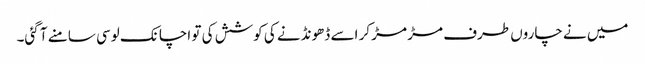
میں نے چاروں طرف مڑ مڑ کر اسے ڈھونڈنے کی کوشش کی تو اچانک لوسی سامنے آ گئی۔